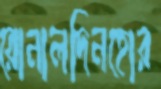
রোনালদিনহোর